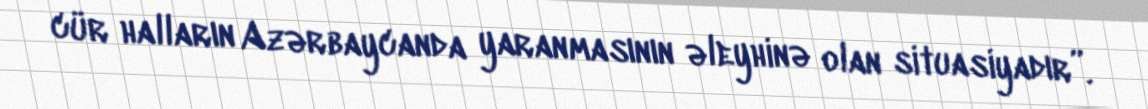
cür halların Azərbaycanda yaranmasının əleyhinə olan situasiyadır”.